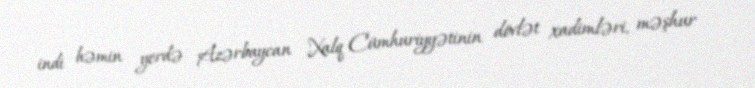
indi həmin yerdə Azərbaycan Xalq Cümhuriyyətinin dövlət xadimləri, məşhur